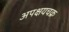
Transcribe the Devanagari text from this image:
अपक्षयचक्र